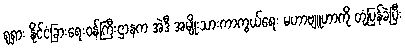
ရုရှား နိုင်ငံခြားရေးဝန်ကြီးဌာနက အဲဒီ အမျိုးသားကာကွယ်ရေး မဟာဗျူဟာကို တုံ့ပြန်ခဲ့ပြီး